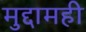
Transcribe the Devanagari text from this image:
मुद्दामही